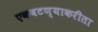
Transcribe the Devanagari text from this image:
एकवटण्याकरीता